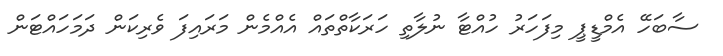
ސާބަހޭ އެމްޑީޕީ މިފަހަރު ހުއްޓާ ނުލާތި ހަރަކާތްތައް އެއްމެން މަރައިފަ ވެރިކަން ދަމަހައްޓަން